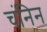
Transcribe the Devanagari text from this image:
चंनिन